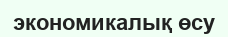
экономикалық өсу